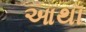
આથૉ